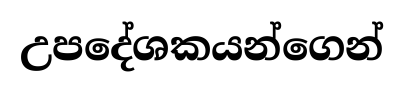
උපදේශකයන්ගෙන්